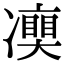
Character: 𠘘